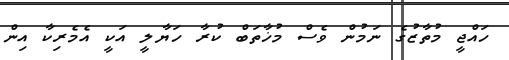
ހައްޖީ މުތާޒުގެ ނަމުން ވެސް މުޚާތަބް ކުރާ ހަޔާލީ އަކީ އެމެރިކާ އިން